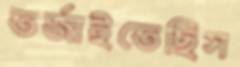
তর্জাইতেছিস